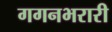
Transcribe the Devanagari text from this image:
गगनभरारी